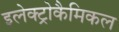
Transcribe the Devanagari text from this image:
इलेक्ट्रोकैमिकल